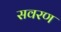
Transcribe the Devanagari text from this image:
सवरण